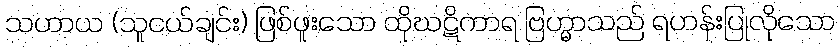
သဟာယ (သူငယ်ချင်း) ဖြစ်ဖူးသော ထိုဃဋိကာရ ဗြဟ္မာသည် ရဟန်းပြုလိုသော